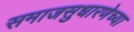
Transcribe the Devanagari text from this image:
समाजसुधारणेच्या